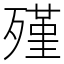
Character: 殣